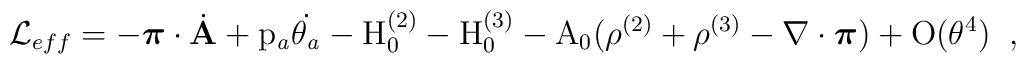
{\cal L}_{eff}=-\mbox{\boldmath $\pi$}\cdot \dot{\bf A}\rm +                  p_{\it a}\dot{\theta_{\it a}}           - H^{(2)}_{0}-H^{(3)}_{0}-A_{0}(\rho^{(2)}+\rho^{(3)}           -\nabla\cdot\mbox{\boldmath $\pi$})+O(\theta^4)\; \; ,\vspace{1em}